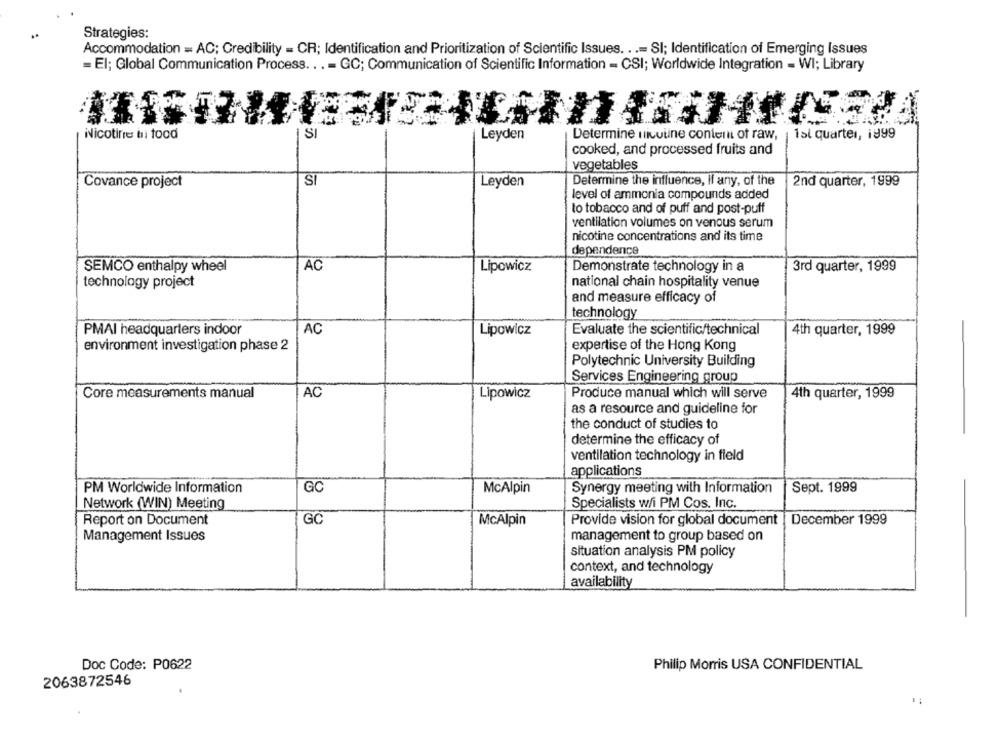
Strategies:
Accommodation = AC; Credibility = CR; Identification and Prioritization of Scientific Issues. ..= SI; Identification of Emerging Issues
= El; Global Communication Process ... = GC; Communication of Scientific Information - CSI; Worldwide Integration - WI; Library
SI
Nicotine hi tood
Leyden
Determine niculine content of raw,
1st quarter, 1999
cooked, and processed fruits and
vegetables
Covance project
S
Leyden
Determine the influence, if any, of the
2nd quarter, 1999
level of ammonia compounds added
to tobacco and of puff and post-puff
ventilation volumes on venous serum
nicotine concentrations and its time
dependence
SEMCO enthalpy wheel
AC
Lipowicz
Demonstrate technology in a
3rd quarter, 1999
technology project
national chain hospitality venue
and measure efficacy of
technology
PMAI headquarters indoor
AC
Lipowicz
Evaluate the scientific/technical
4th quarter, 1999
environment investigation phase 2
expertise of the Hong Kong
Polytechnic University Building
Services Engineering group
Core measurements manual
AC
Lipowicz
Produce manual which will serve
4th quarter, 1999
as a resource and guideline for
the conduct of studies to
determine the efficacy of
ventilation technology in field
applications
PM Worldwide Information
GC
McAlpin
Synergy meeting with Information
Sept. 1999
Network (WIN) Meeting
Specialists w/i PM Cos. Inc.
GC
Report on Document
McAlpin
Provide vision for global document | December 1999
Management Issues
management to group based on
situation analysis PM policy
context, and technology
availability
Doc Code: P0622
Philip Morris USA CONFIDENTIAL
2063872546